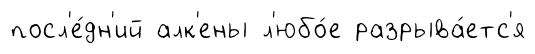
посл'е́дн'ий алк'ены л'юбо́е разрыва́етс'я